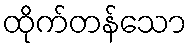
ထိုက်တန်သော